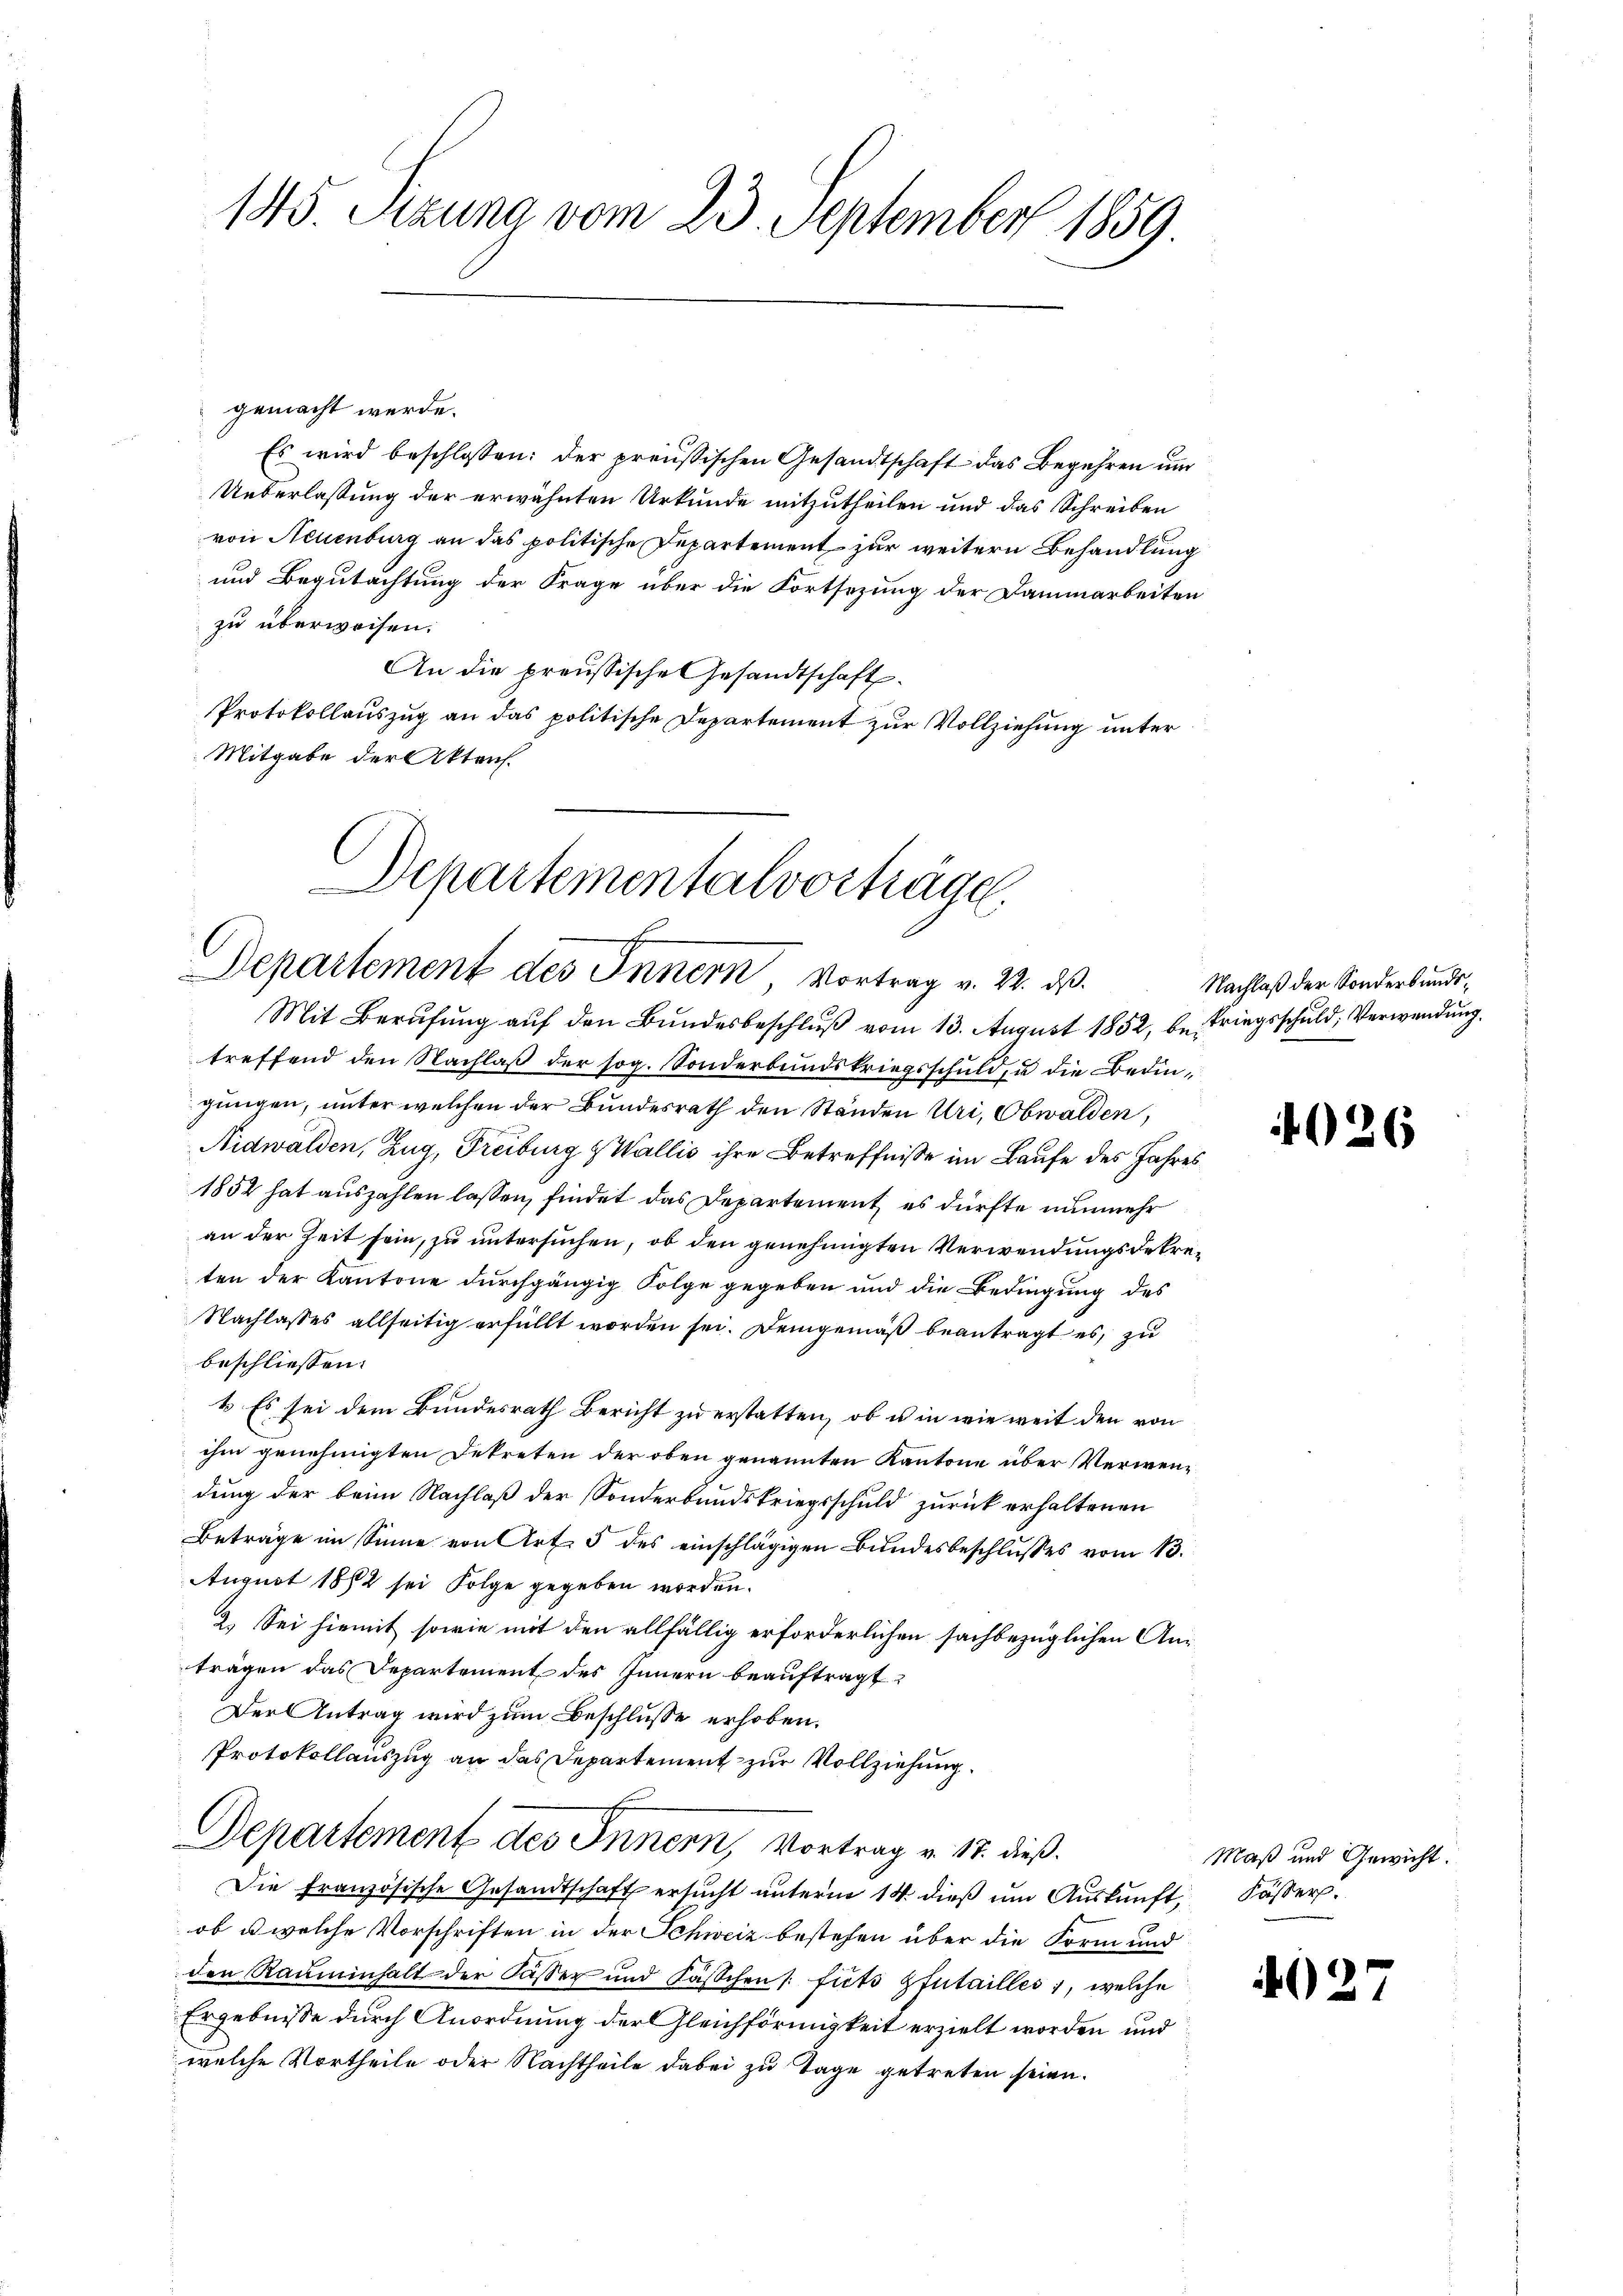
145. Sizung vom 23. September 1859

gemacht werde.
Es wird beschlossen: der preußischen Gesandtschaft das Begehren und
Unterlassung der erwähnten Urkunde mitzutheilen und das Schreiben
von Neuenburg an das politische Departement zur weitern Behandlung
und Begutachtung der Frage über die Fortsezung der Dammarbeiten
zu überweisen.
An die preussische Gesandtschaft.
Protokollauszug an das politische Departement zur Vollziehung unter
Mitgabe der Akten.
Departementalvorträge

Departement des Innern, Vortrag v. 2. ds.
Mit Berufung auf den Bundesbeschluß vom 13. August 1852, betriegsschuld, Verwendung.

treffend den Nachlaß der sog. Sonderbundskriegsschuld, u die Bedingungen, unter welchen der Bundesrath den Ständen Uri, Obwalden,
Nidwalden, Zug, Freiburg Wallis ihre Betreffniße im Laufe des Jahres
1852 hat auszahlen lassen, findet das Departement es dürfte nunmehr
an der Zeit sein, zu untersuchen, ob den genehmigten Verwendungsdekreten der Kantone durchgängig Folge gegeben und die Bedingung des
Nachlasses allseitig erfüllt worden sei. Demgemäß beantragt es, zu
beschliessen:
4. Es sei dem Bundesrath Bericht zu erstatten, ob u in wie weit den von
ihm genehmigten Dekreten der oben genannten Kantone über Verwendung der beim Nachlaß der Sonderbundskriegsschuld zurück erhaltenen
Beträge im Sinne von Art. 5 des einschlägigen Bundesbeschlusses vom 13.
August 1882 sei Folge gegeben worden.
2. Sei hiemit sowie mit den allfällig erforderlichen sachbezüglichen Anträgen das Departement des Innern beauftragt
Der Antrag wird zum Beschlusse erhoben.
Protokollauszug an das Departement zur Vollziehung.
Departement des Innern, Vortrag v. 17. dieß.
Die französische Gesandtschaft ersucht unterm 14. dieß um Auskunft, Fässer.
ob u. welche Vorschriften in der Schweiz bestehen über die Form und
den Rauminhalt der Fässer und Fässchen /: fits Zfutailles, welche
Ergebnisse durch Anordnung der leichförmigkeit erzielt worden und
welche Vortheile oder Nachtheile dabei zu Tage getreten seien.

Nachlaß der Sonderbunds¬

0

Maß und Gewicht.

02

6